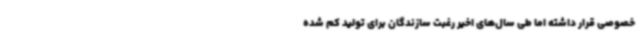
خصوصی قرار داشته اما طی سال‌های اخیر رغبت سازندگان برای تولید کم شده